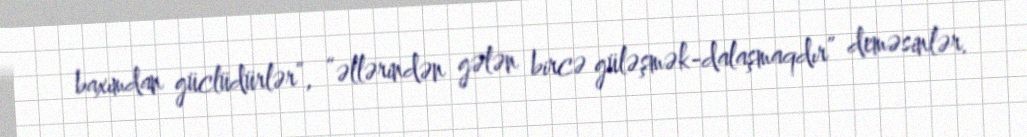
baxımdan güclüdürlər”, “əllərindən gələn bircə güləşmək-dalaşmaqdır” deməsinlər.